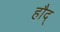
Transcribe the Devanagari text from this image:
हौद्